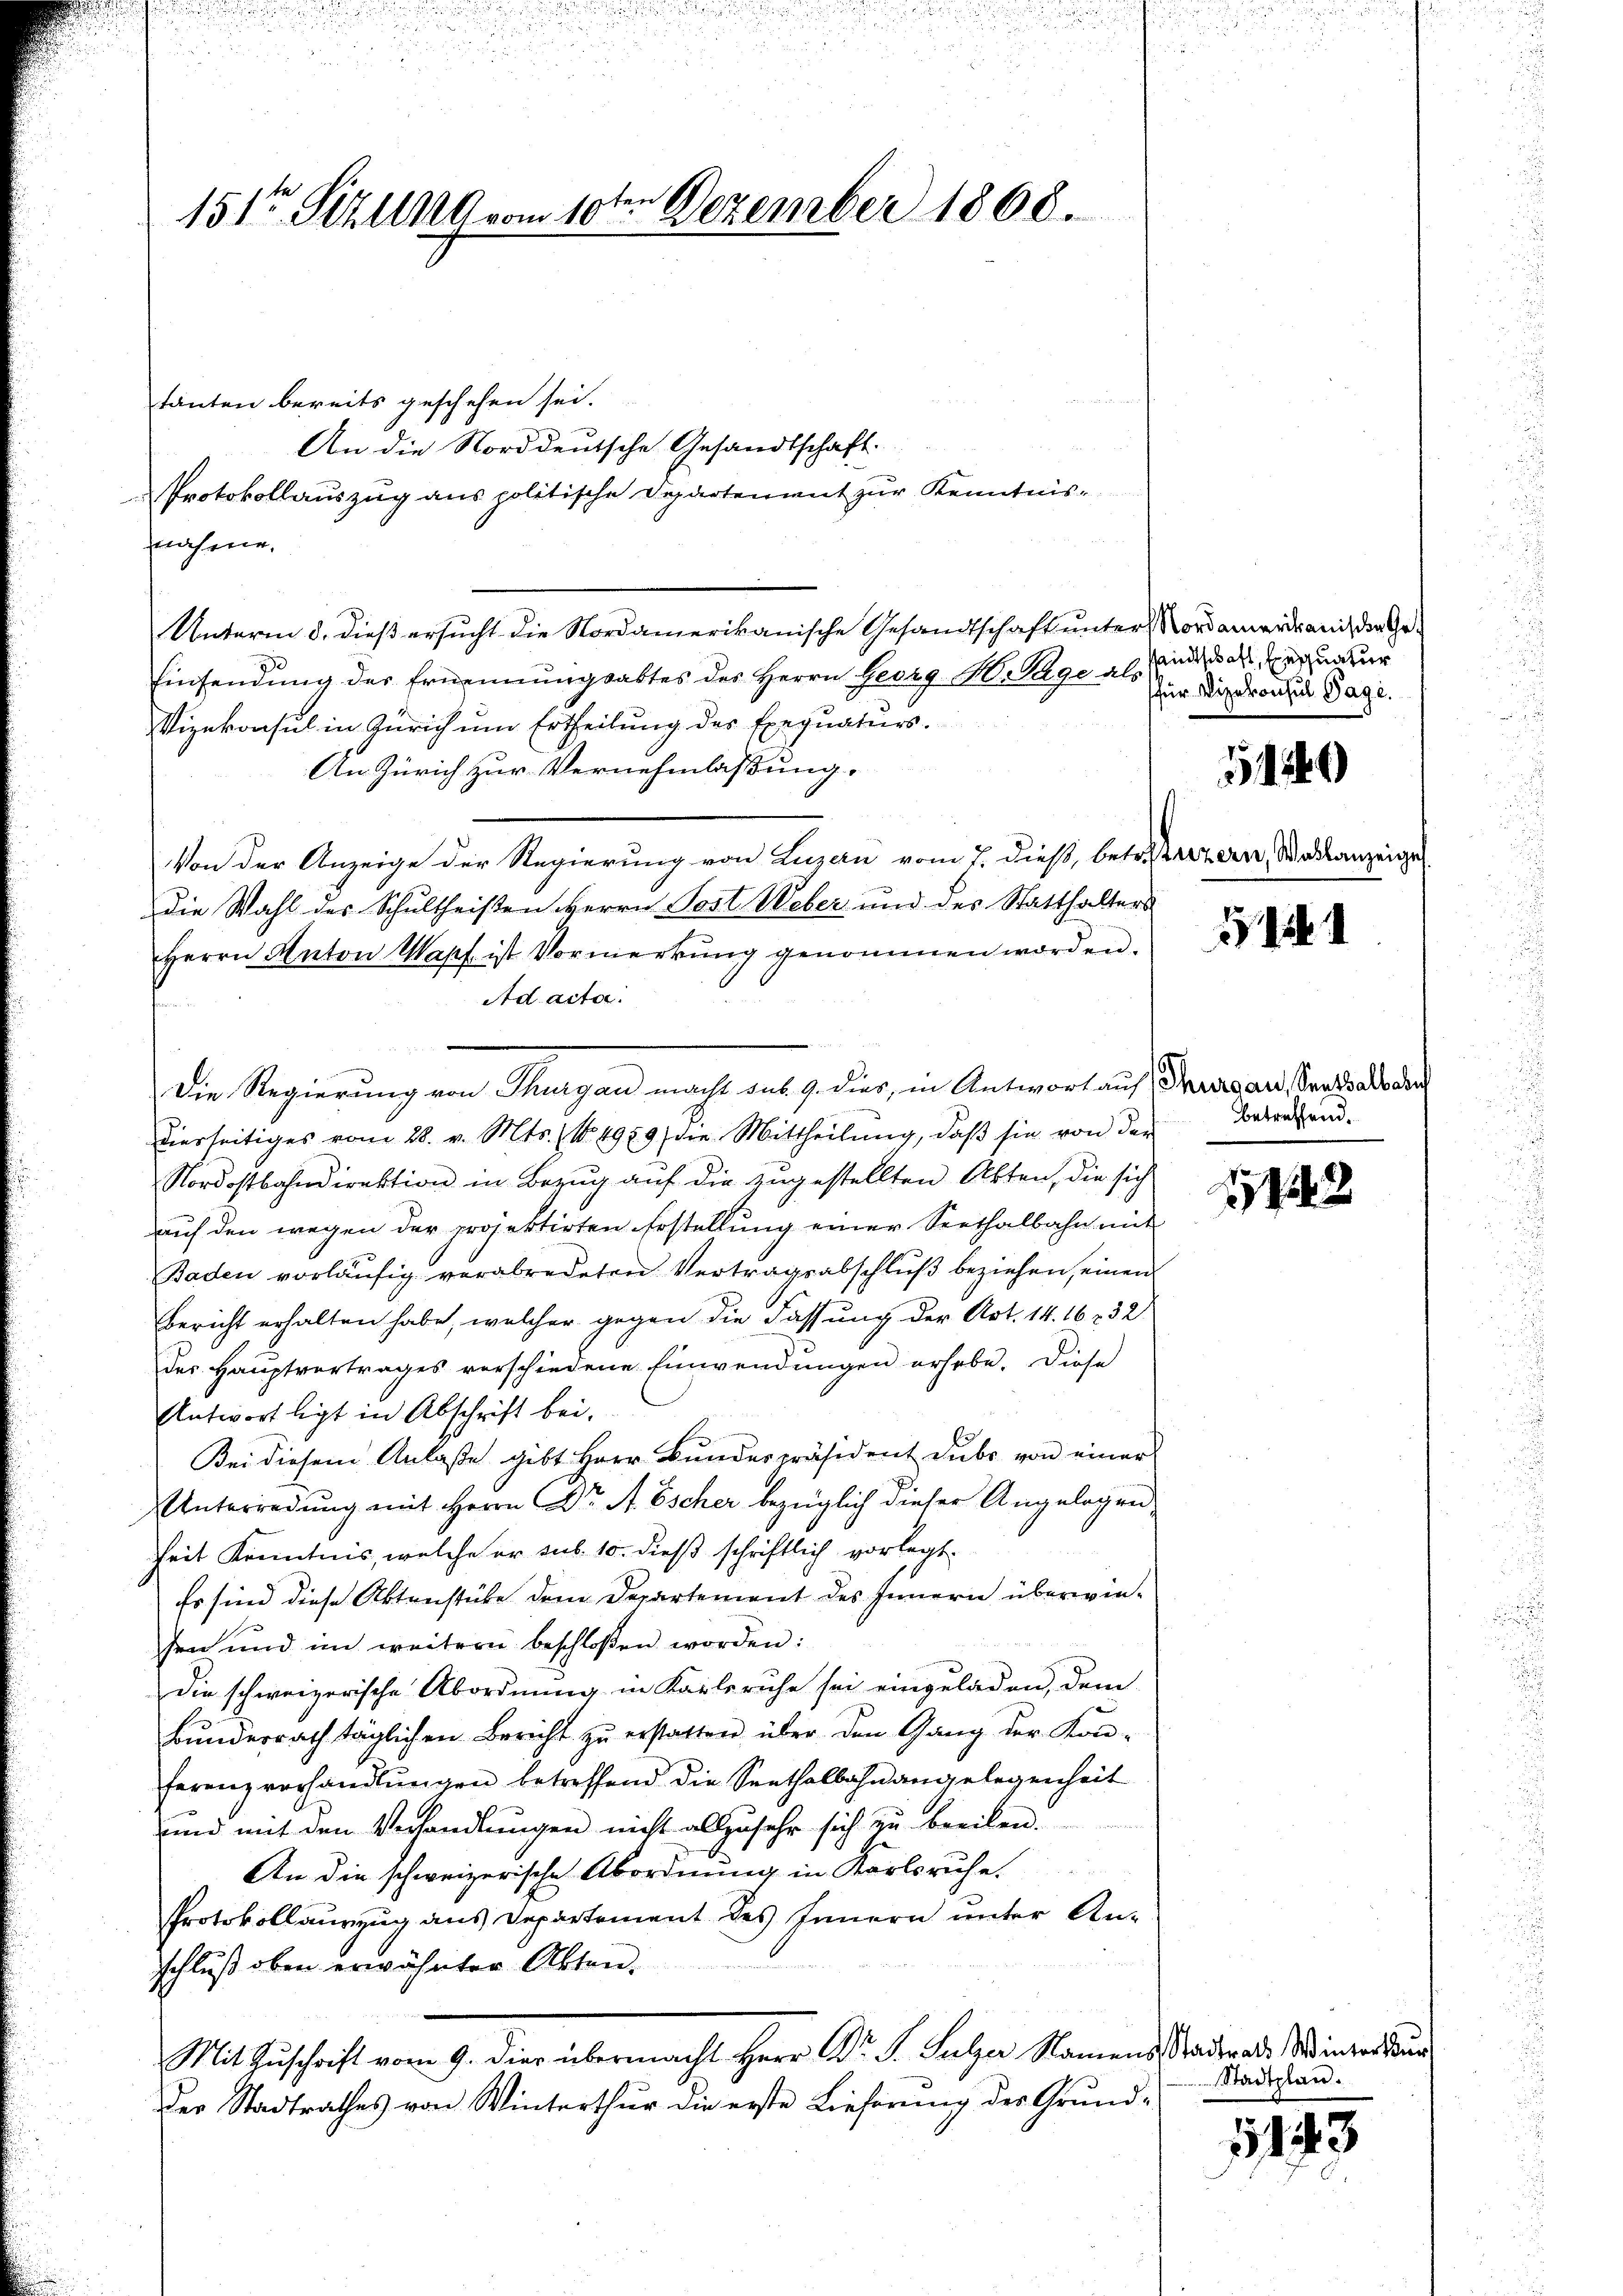
151ten Stellig vom 10te͇n Dezember 1868.

tanten bereits geschehen sei.
An die Norddeutsche Gesandtschaft.
Protokollauszug aus politische Departement zur Kenntnis-
nahme,
Unterm 8. dieß ersucht die Nordamerikanische Gesandtschaft unter Nordamerikanis den Ge¬
Einsendung des Ernennungsabtes des Herrn Georg H. Tage als
Vizekonsul in Zürich um Ertheilung der Exequaturs.
An Zürich zur Vernehmlassung.
Von der Anzeige der Regierung von Luzern vom 7. dieß, betreterzen, Stadtanzeige
die Wahl des Schultheisten Herrn Post Weber und des Statthalters
Herrn Anton Wapf ist Vormerkŭng genommen worden.
Ad acta.
Die Regierung von Thurgau macht sub. 9. dies, in Antwort auf
dierseitiges vom 28. v. Mts. No. 4989 die Mittheilung, daß sie von der Betrachend
Nordostbahndirektion in Bezug auf die zugestellten Akten, die sich
auf den wegen der projektirten Erstellung einer Seethalbahn mit
Baden vorläufig verabredeten Vertragsabschluß beziehen, einen
Bericht erhalten habe, welcher gegen die Fassung der Art. 14. 162 32
der Hauptvertrages verschiedene Einwendungen erhebe. Diese
Antwortligt in Abschrift bei.
Bei diesem Anlaße gibt Herr Bundespräsident Dubs von einer
Unterredung mit Herrn Dr. A. Escher bezüglich dieser Angelegend
heit Kenntnis, welche er sub. 10. dieß schriftlich vorlegt.
Es sind diese Aktenstüke dem Departement des Innern überwiesen und im weitern beschlossen worden:
die schweizerische Abordnung in Karlsruhe sei eingeladen, dem
Bundesrath täglichen Bericht zu erstatten über den Gang der Konferenzverhandlŭngen betreffend die Seethalbahnangelegenheit
und mit den Verhandlŭngen nicht allzusehr sich zu beeilen.
An die schweizerische Abordnung in Karlsruhe.
Protokollauszug aus Departement des Innern unter An-
schluß oben erwähnter Akten.
Mit Zuschrift vom 9. Dier übermacht Herr Dr. S. Sulzer Namens Stadtrat. Winter und
Der Stadtrathes von Winterthur die erste Lieferung des Grund-

andtschaft, Exequatuor
für Vizekonsul Page.

Thurgau, Senthalb abe

2

1 S. 1

1942

Stadtplan.

143